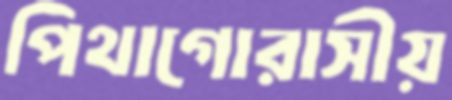
পিথাগোরাসীয়